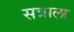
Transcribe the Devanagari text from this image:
सत्राला